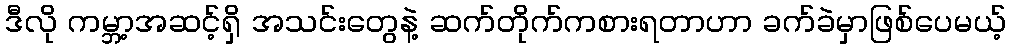
ဒီလို ကမ္ဘာ့အဆင့်ရှိ အသင်းတွေနဲ့ ဆက်တိုက်ကစားရတာဟာ ခက်ခဲမှာဖြစ်ပေမယ့်